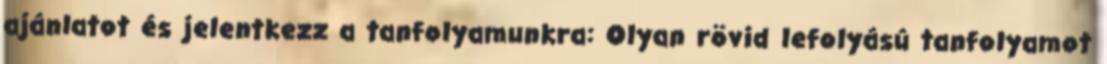
ajánlatot és jelentkezz a tanfolyamunkra: Olyan rövid lefolyású tanfolyamot